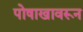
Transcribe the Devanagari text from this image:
पोषाखावरून